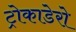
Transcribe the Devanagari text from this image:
ट्रोकाडेरो